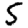
Digit: 5